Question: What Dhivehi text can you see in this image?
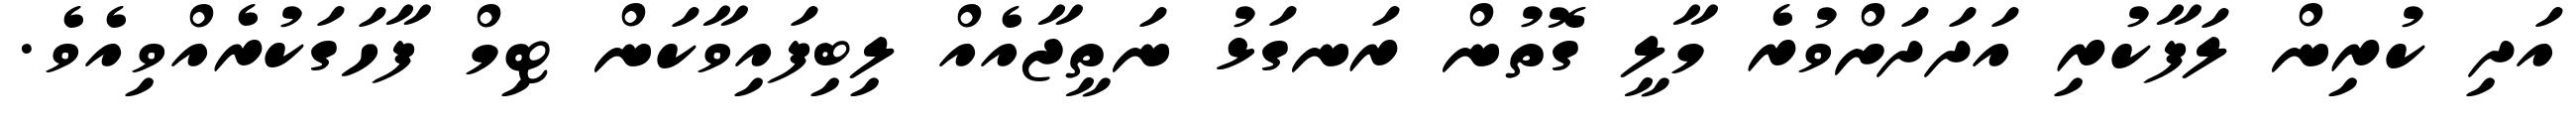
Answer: އަދި ކުރިން ލަފާކުރި އަދަދަށްވުރެ މާލީ ގޮތުން ރަނގަޅު ނަތީޖާއެއް ލިބިފައިވާކަން ޓިމް ފާހަގަކުރެއްވިއެވެ.